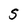
Character: S